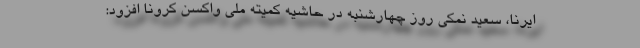
ایرنا، سعید نمکی روز چهارشنبه در حاشیه کمیته ملی واکسن کرونا افزود: